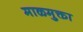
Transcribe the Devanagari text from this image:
माळमुक्ता